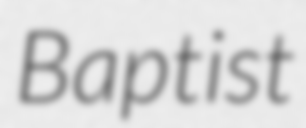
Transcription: Baptist